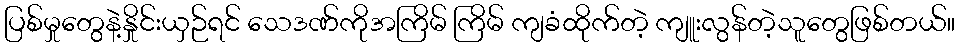
ပြစ်မှုတွေနဲ့နှိုင်းယှဉ်ရင် သေဒဏ်ကိုအကြိမ် ကြိမ် ကျခံထိုက်တဲ့ ကျူးလွန်တဲ့သူတွေဖြစ်တယ်။